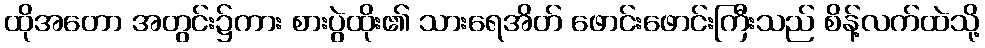
ထိုအတော အတွင်း၌ကား စားပွဲထိုး၏ သားရေအိတ် ဖောင်းဖောင်းကြီးသည် စိန့်လက်ထဲသို့